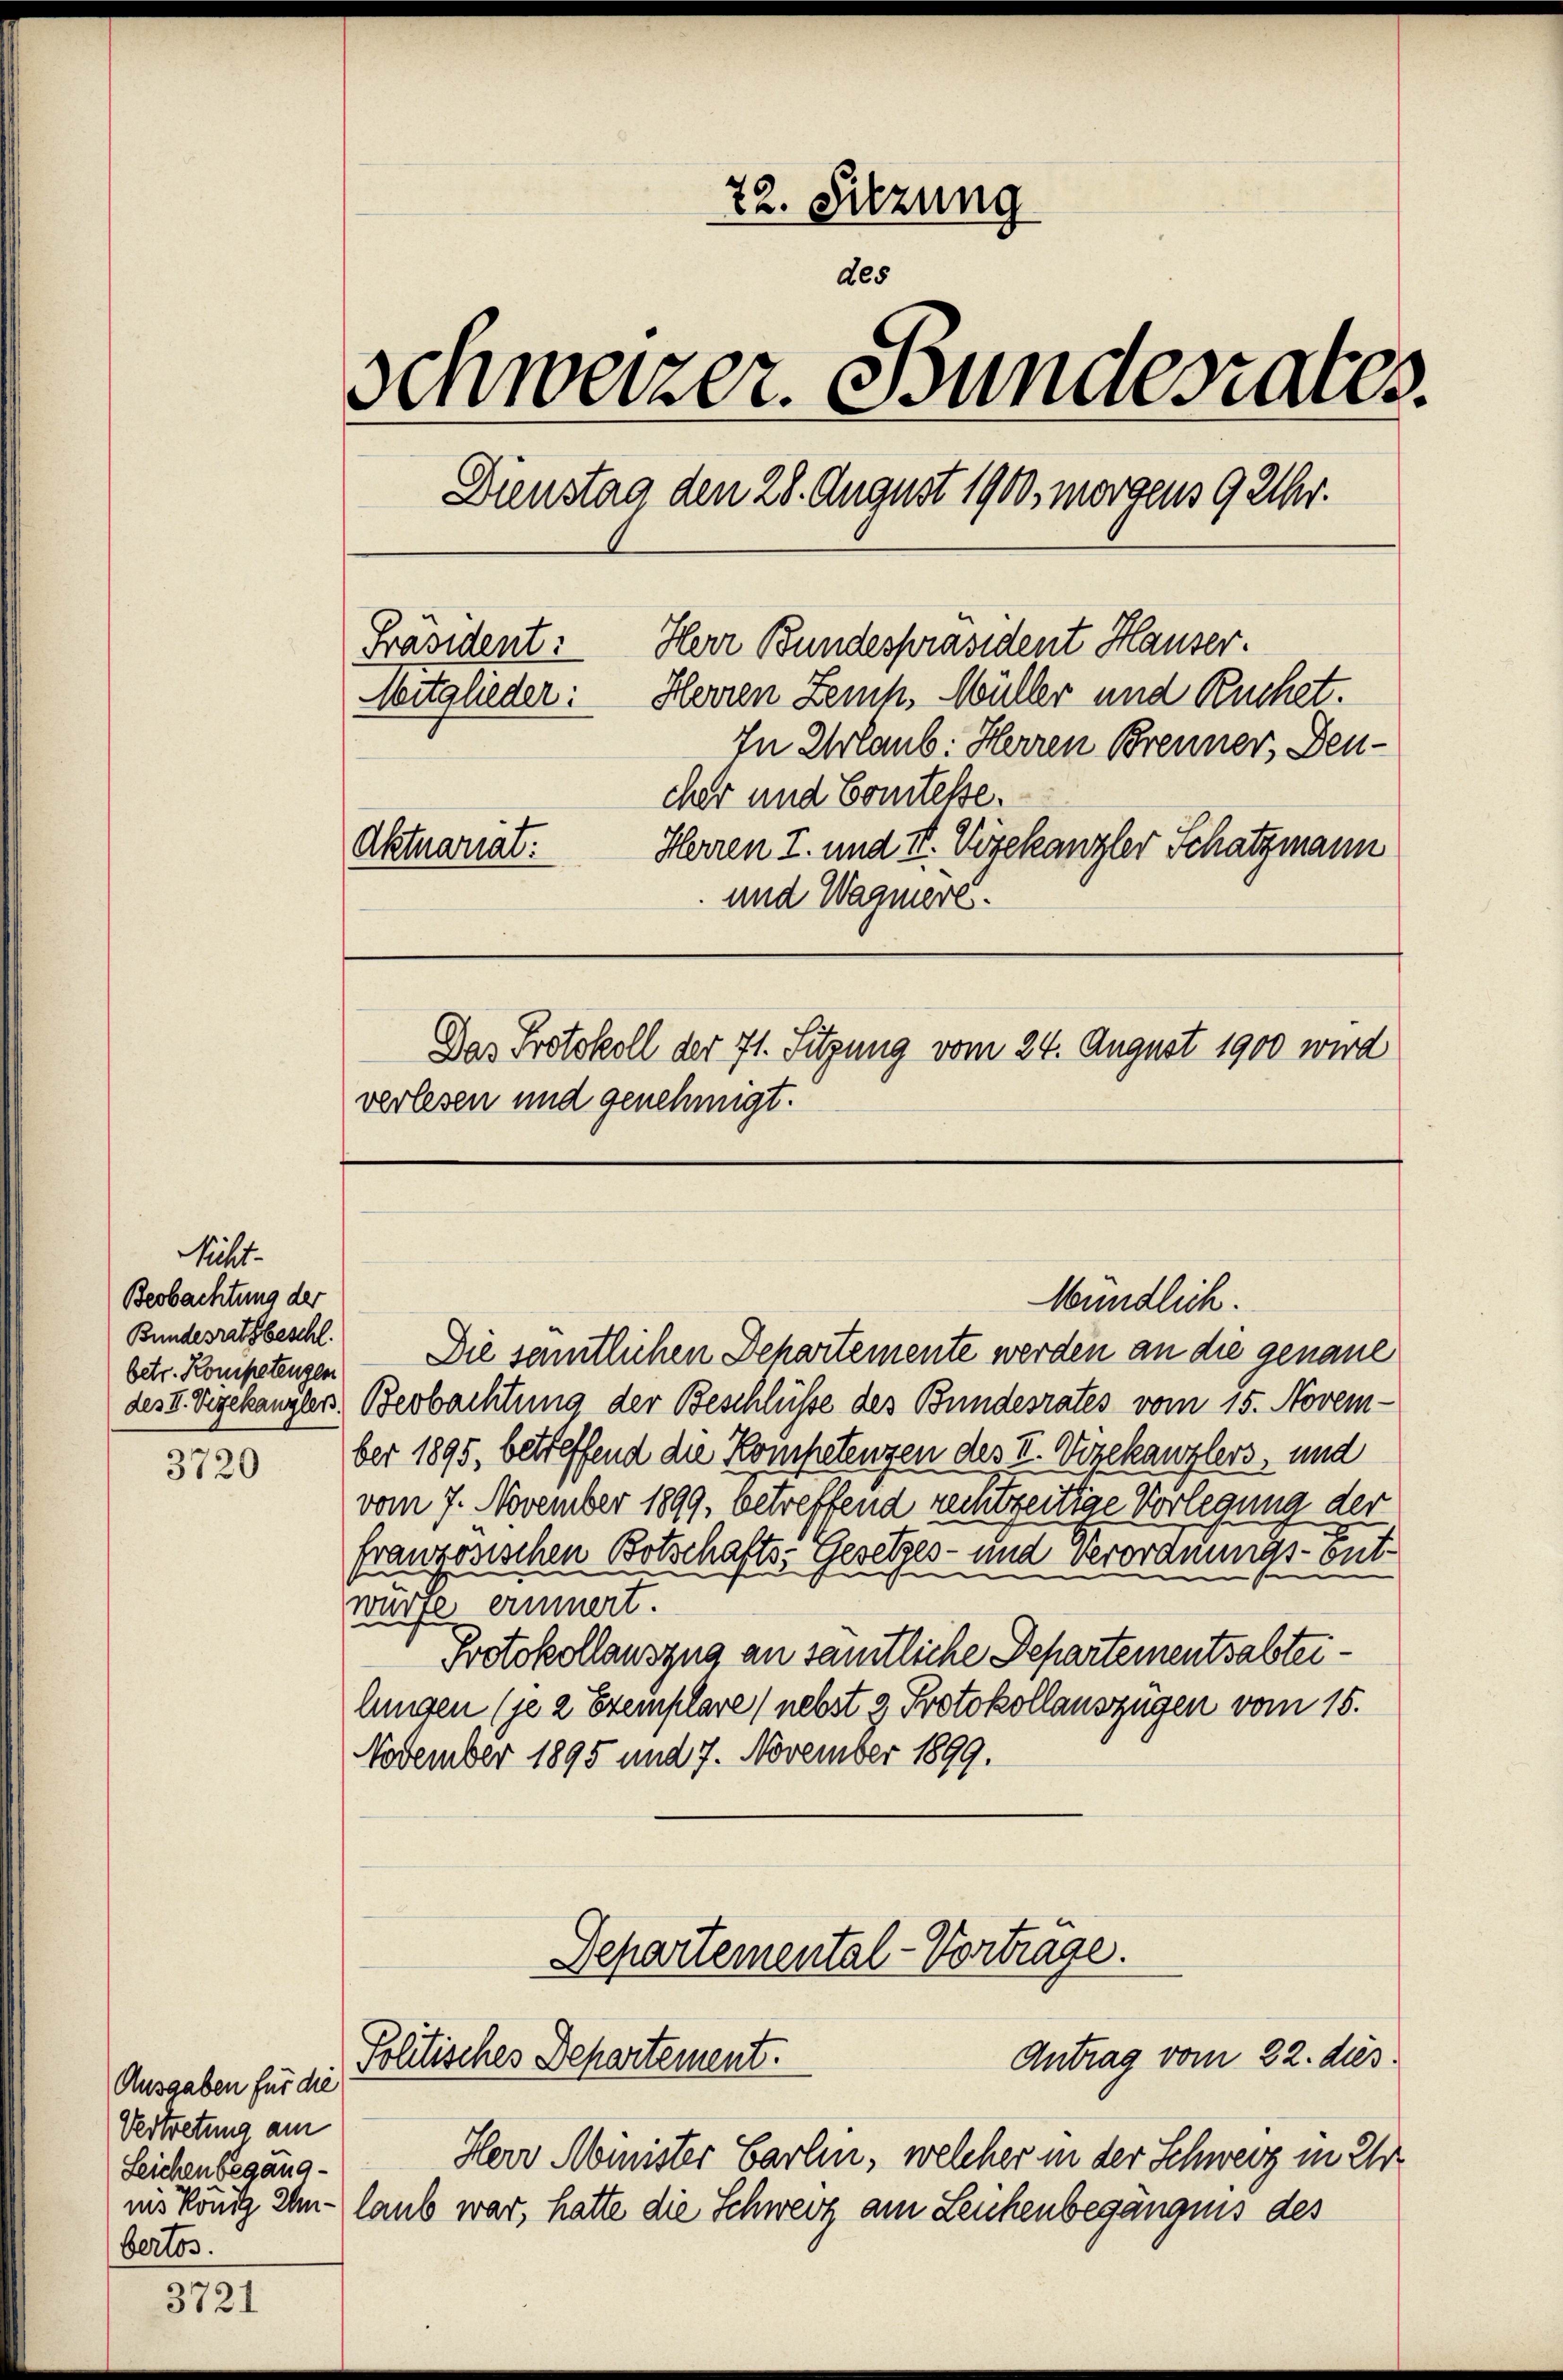
Miht
Beobachtung der
Bundesrath beschl.

3720

Ausgaben für die
Vertretung am
Leichenbegäng-
bertos.

3721

22. Sitzung
des
Schweizer. Bundesrates.
Dienstag den 28. August 1900, morgens 9 Uhr.
Herr Bundespräsident Hauser.
Präsident:
Mitglieder: Herren Zemp. Müller und Ruchet.
In Urlaub. Herren Brenner, Deucher und Comtesse.
Herren I. und II. Vizekanzler Schatzmann
Aktuariat.
und Wagnere.
Das Protokoll der 71. Sitzung vom 24. August 1900 wird
verlesen und genehmigt.

betr. Kompetenzen — Die sentlichen Departemente werden an die genaue
des II. Vigekanzler Beobachtung der Beschlüsse des Bundesrates vom 15. Novem-
ber 1895, betreffend die Kompetenzen des V. Vizekanzlers, und
vom 7. November 1899, betreffend rechtzeitige Vorlegung der
franzosischen Botschafts-Gesetzes- und Verordnungs- entwürfe erinnert.
Protokollauszug an sämtliche Departementsabteilungen (je 2 Exemplare / nebst z. Protokollauszügen vom 15.
November 1895 und 7. November 1899.
Departemental-Vorträge.

Politisches Departement.

Antrag vom 22. dies
Herr Minister Carlin, welcher in der Schweiz in Ur
iis König Umlaub war, hatte die Schweiz am Leichenbegängnis des

Mündlich.